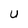
Character: U